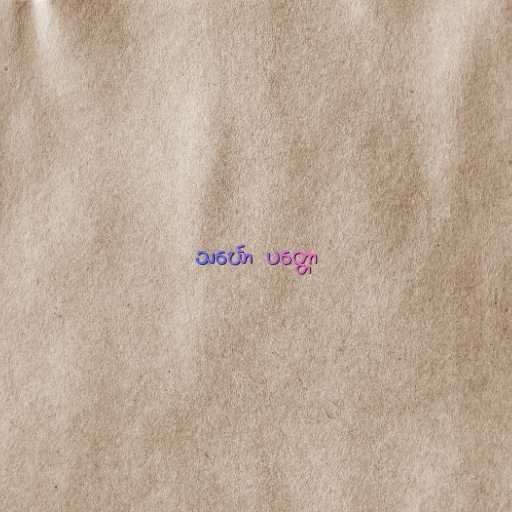
သင်္ဃော  ပတ္တော